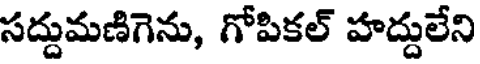
సద్దుమణిగెను, గోపికల్ హద్దులేని